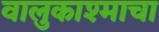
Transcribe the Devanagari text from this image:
वालुकाश्माचा